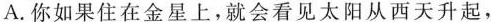
A.你如果住在金星上，就会看见太阳从西天升起，